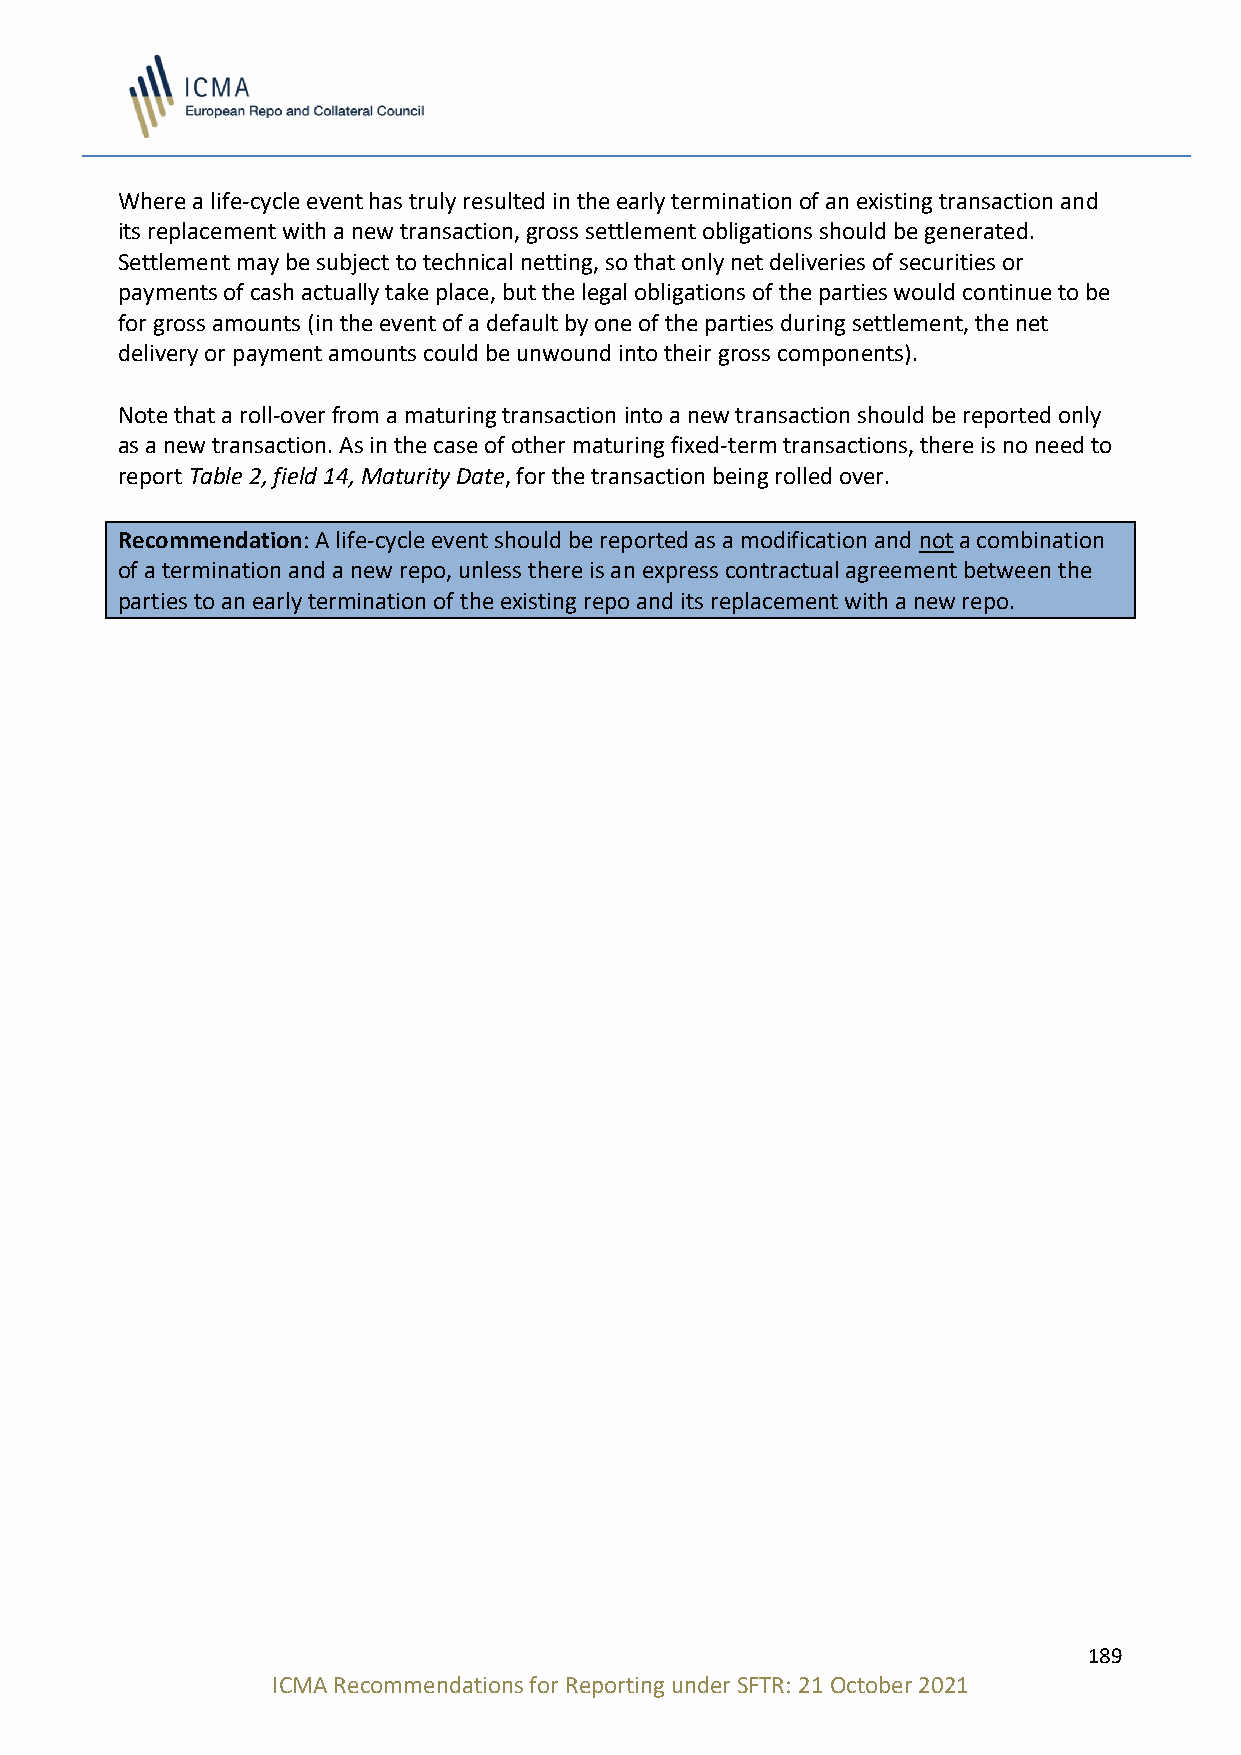
Where a life-cycle event has truly resulted in the early termination of an existing transaction and
 its replacement with a new transaction, gross settlement obligations should be generated.
 Settlement may be subject to technical netting, so that only net deliveries of securities or
 payments of cash actually take place, but the legal obligations of the parties would continue to be
 for gross amounts (in the event of a default by one of the parties during settlement, the net
 delivery or payment amounts could be unwound into their gross components).
 Note that a roll-over from a maturing transaction into a new transaction should be reported only
 as a new transaction. As in the case of other maturing fixed-term transactions, there is no need to
 report Table 2, field 14, Maturity Date, for the transaction being rolled over.
 Recommendation: A life-cycle event should be reported as a modification and not a combination
 of a termination and a new repo, unless there is an express contractual agreement between the
 parties to an early termination of the existing repo and its replacement with a new repo.
 189
 ICMA Recommendations for Reporting under SFTR: 21 October 2021